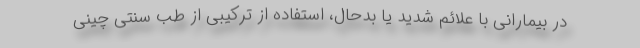
در بیمارانی با علائم شدید یا بدحال، استفاده از ترکیبی از طب سنتی چینی